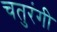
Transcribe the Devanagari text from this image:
चतुरंगी